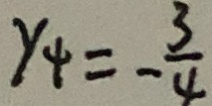
y _ { 4 } = - \frac { 3 } { 4 }